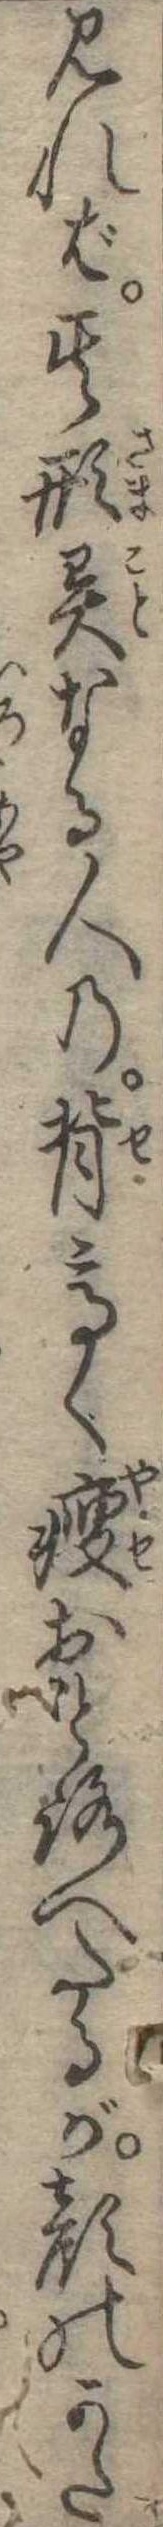
見れば其形異なる人の背高く痩おとろへたるが顔のかた